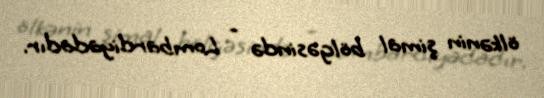
ölkənin şimal bölgəsində - Lombardiyadadır.